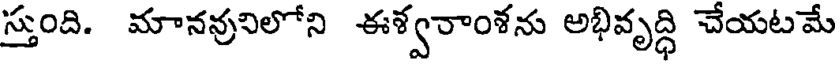
స్తుంది. మానవునిలోని ఈశ్వరాంశను అభివృద్ధి చేయటమే